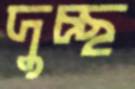
দুচ্ছ